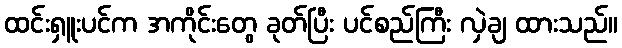
ထင်းရှူးပင်က အကိုင်းတွေ ခုတ်ပြီး ပင်စည်ကြီး လှဲချ ထားသည်။